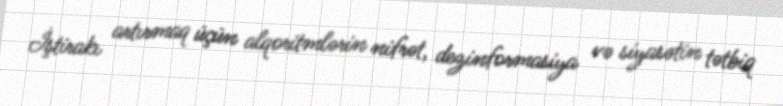
İştirakı artırmaq üçün alqoritmlərin nifrət, dezinformasiya və siyasətin tətbiq